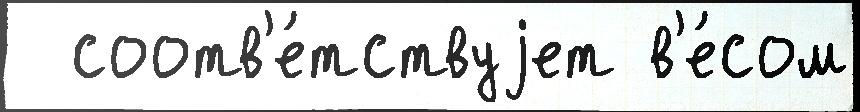
  соотв'е́тствуjет в'е́сом